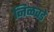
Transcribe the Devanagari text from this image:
निळवडे